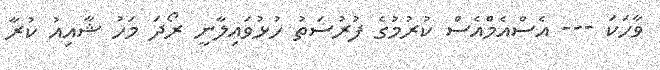
ވާހަކަ --- އެސްއެމްއެސް ކުރުމުގެ ފުރުސަތު ހުޅުވައިލާނީ ރޯދަ މަހު ޝާއިއު ކުރާ